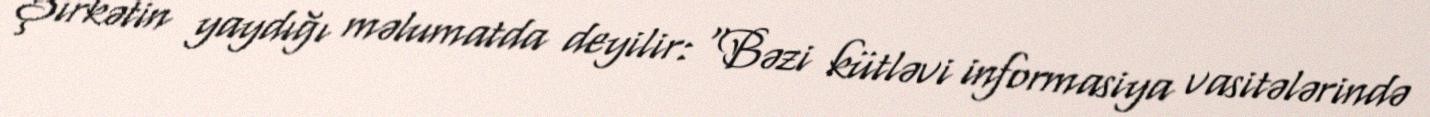
Şirkətin yaydığı məlumatda deyilir: “Bəzi kütləvi informasiya vasitələrində